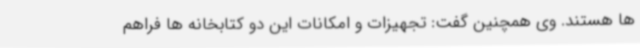
ها هستند. وی همچنین گفت: تجهیزات و امکانات این دو کتابخانه ها فراهم